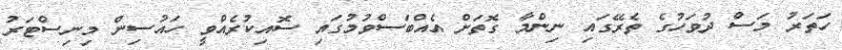
ހަތަރު މަސް ދުވަހުގެ ތެރޭގައި ނިންމާ ގޮތަށް އެއްބަސްވުމުގައި ސޮއިކުރެއްވީ ހައުސިން މިނިސްޓަރު